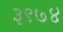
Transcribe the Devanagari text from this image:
३९७४